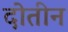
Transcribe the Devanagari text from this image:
दोतीन